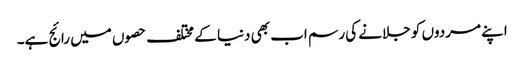
اپنے مردوں کو جلانے کی رسم اب بھی دنیا کے مختلف حصوں میں رائج ہے۔